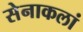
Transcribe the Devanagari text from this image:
सेनाकलां